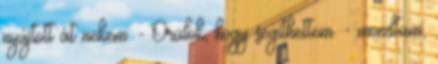
nyújtott át nekem. - Örülök, hogy segíthettem. - mondtam,